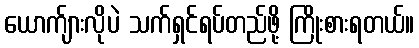
ယောက်ျားလိုပဲ သက်ရှင်ရပ်တည်ဖို့ ကြိုးစားရတယ်။